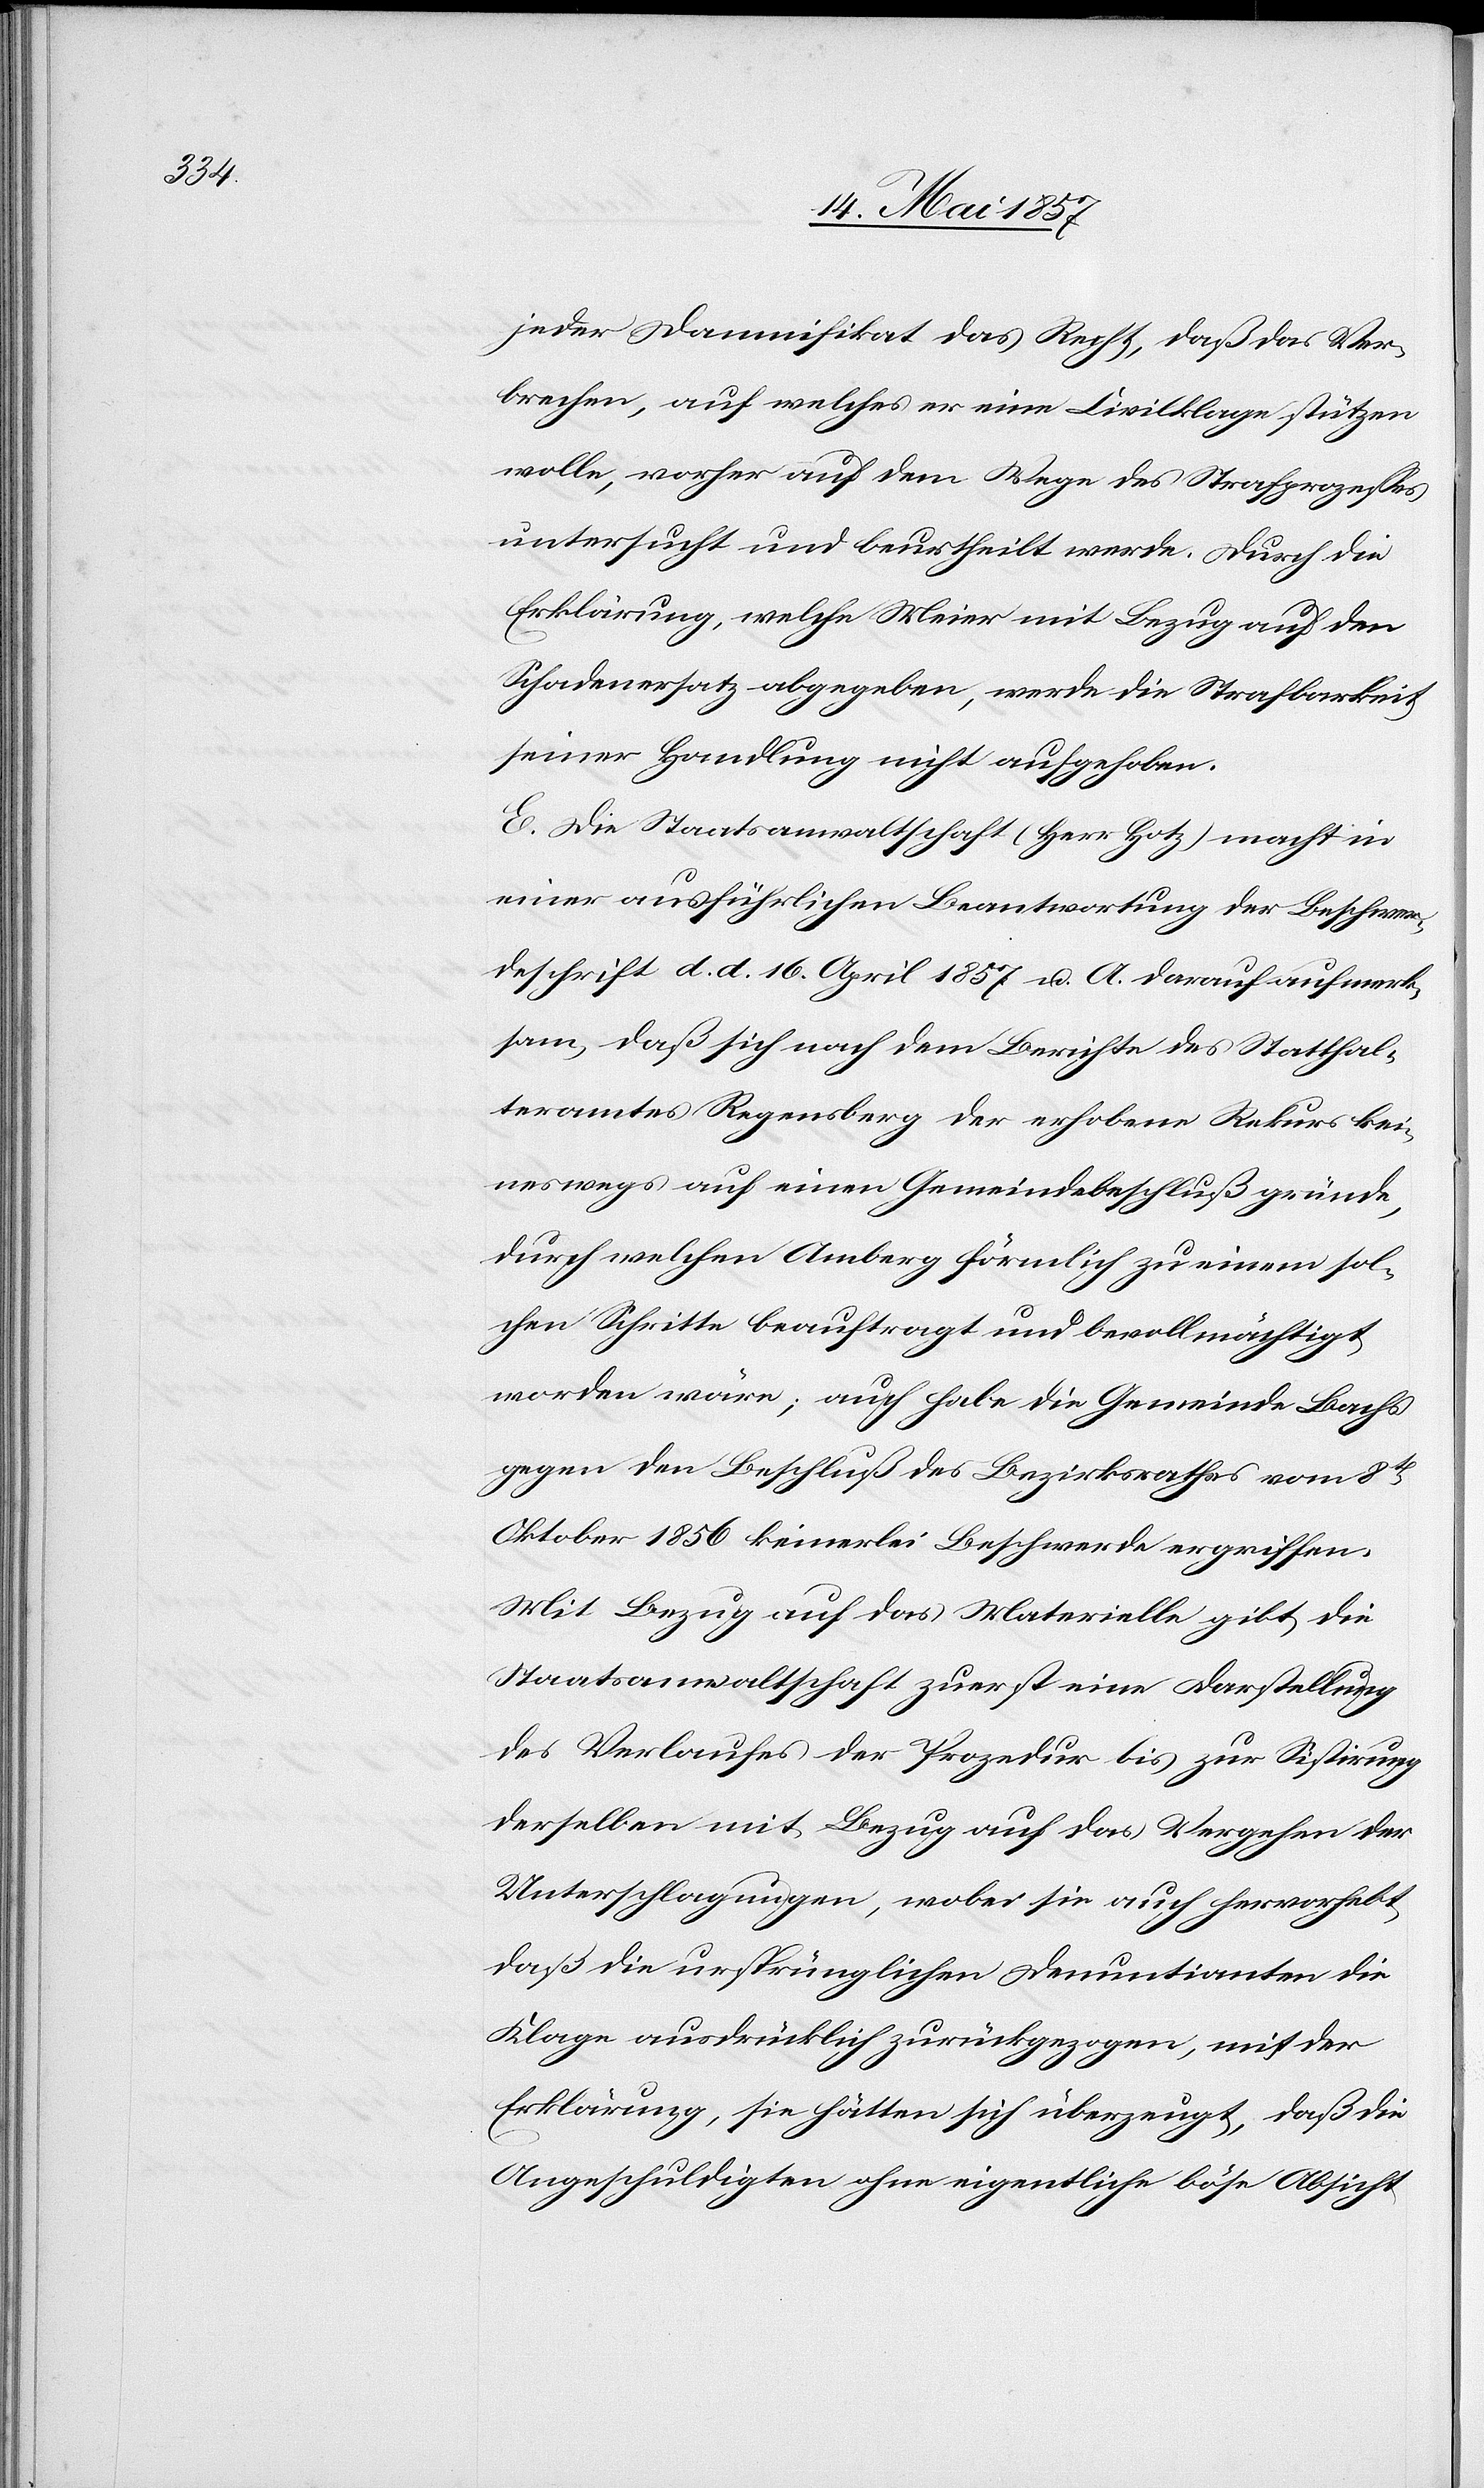
jeder Damnifikat das Recht, daß das Ver¬
brechen, auf welches er eine Civilklage stützen
wolle, vorher auf dem Wege des Strafprozesses
untersucht und beurtheilt werde. Durch die
Erklärung, welche Meier mit Bezug auf den
Schadenersatz abgegeben, werde die Strafbarkeit
seiner Handlung nicht aufgehoben.
E. Die Staatsanwaltschaft (Herr Hotz) macht in
einer ausführlichen Beantwortung der Beschwer¬
deschrift d. d. 16 April 1857 u. A. darauf aufmerk¬
sam, daß sich nach dem Berichte des Statthal¬
teramtes Regensberg der erhobene Rekurs kei¬
neswegs auf einen Gemeindsbeschluß gründe,
durch welchen Amberg förmlich zu einem sol¬
chen Schritte beauftragt und bevollmächtigt
worden wäre; auch habe die Gemeinde Bachs
gegen den Beschluß des Bezirksrathes vom 8t
Oktober 1856 keinerlei Beschwerde ergriffen.
Mit Bezug auf das Materielle gibt die
Staatsanwaltschaft zuerst eine Darstellung
des Verlaufes der Prozedur bis zur Sistirung
derselben mit Bezug auf das Vergehen der
Unterschlagungen, wobei sie auch hervorhebt
daß die ursprünglichen Denuntianten die
Klage ausdrücklich zurückgezogen, mit der
Erklärung, sie hätten sich überzeugt, daß die
Angeschuldigten ohne eigentliche böse Absicht